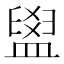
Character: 𥂞